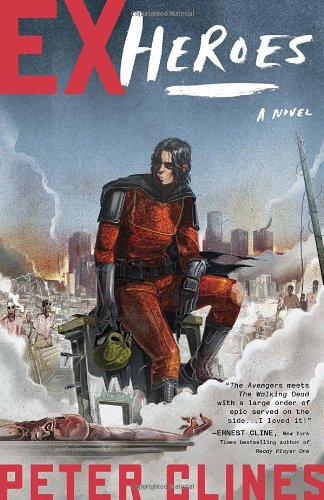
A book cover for Ex-Heroes: A Novel; Peter Clines; Comics & Graphic Novels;